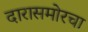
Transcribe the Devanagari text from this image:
दारासमोरचा